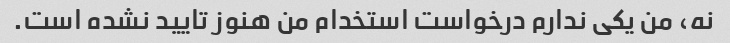
نه، من یکی ندارم درخواست استخدام من هنوز تایید نشده است.